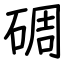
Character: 碉